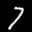
Label: 7